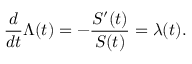
{ \frac { d } { d t } } \Lambda ( t ) = - { \frac { S ^ { \prime } ( t ) } { S ( t ) } } = \lambda ( t ) .